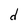
Character: d